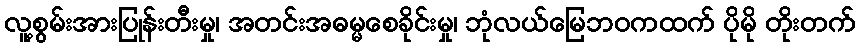
လူ့စွမ်းအားပြုန်းတီးမှု၊ အတင်းအဓမ္မစေခိုင်းမှု၊ ဘုံလယ်မြေဘဝကထက် ပိုမို တိုးတက်